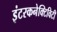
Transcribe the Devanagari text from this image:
इंटरकनेक्टिविटी